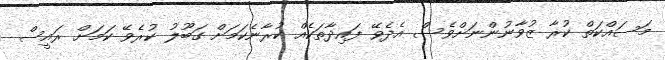
މަަސައްކަތް ކުރާ ޒުވާނުންނަށްވެސް އެދެވޭ ފައިދާތަކެއް ކުރާނެކަމަށް ގަބޫލު ކުރެވޭ ކަމަށް ރައީސް